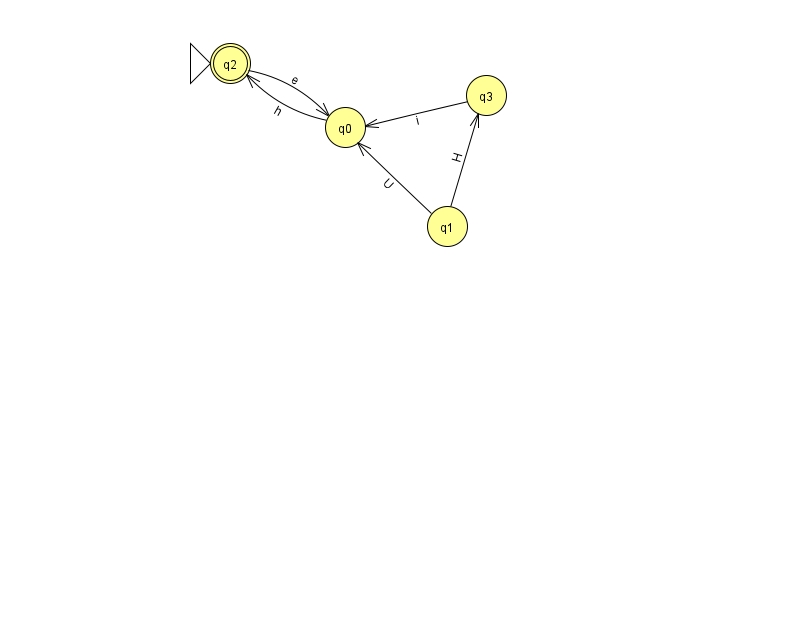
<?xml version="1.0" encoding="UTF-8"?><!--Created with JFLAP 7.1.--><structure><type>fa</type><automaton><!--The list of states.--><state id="0" name="q0"><x>345.0</x><y>114.0</y></state><state id="1" name="q1"><x>447.0</x><y>213.0</y></state><state id="2" name="q2"><x>230.0</x><y>50.0</y><initial/><final/></state><state id="3" name="q3"><x>486.0</x><y>82.0</y></state><!--The list of transitions.--><transition><from>1</from><to>0</to><read>U</read></transition><transition><from>2</from><to>0</to><read>e</read></transition><transition><from>0</from><to>2</to><read>h</read></transition><transition><from>1</from><to>3</to><read>H</read></transition><transition><from>3</from><to>0</to><read>i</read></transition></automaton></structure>